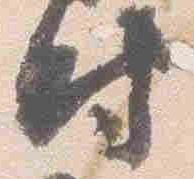
時